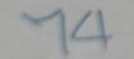
74